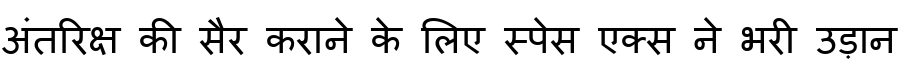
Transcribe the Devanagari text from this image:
अंतरिक्ष की सैर कराने के लिए स्पेस एक्स ने भरी उड़ान